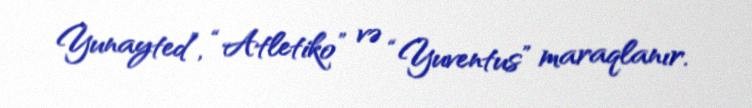
Yunayted”, “Atletiko” və “Yuventus” maraqlanır.